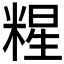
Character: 𱹏